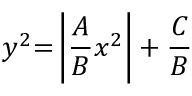
y ^ { 2 } { = } \left| { \frac { A } { B } } x ^ { 2 } \right| + { \frac { C } { B } }